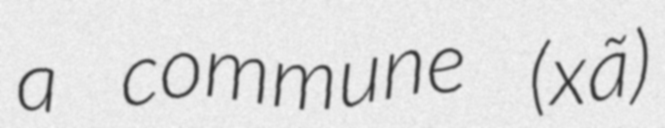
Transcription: a commune (xã)